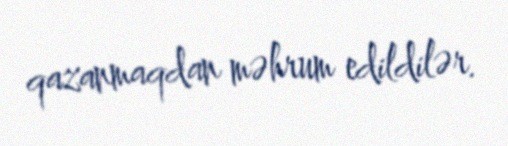
qazanmaqdan məhrum edildilər.